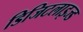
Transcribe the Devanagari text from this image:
डिजिटलाइज्ड